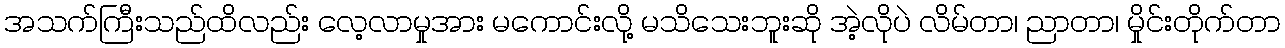
အသက်ကြီးသည်ထိလည်း လေ့လာမှုအား မကောင်းလို့ မသိသေးဘူးဆို အဲ့လိုပဲ လိမ်တာ၊ ညာတာ၊ မှိုင်းတိုက်တာ